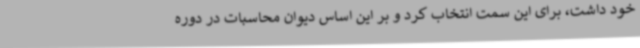
خود داشت، برای این سمت انتخاب کرد و بر این اساس دیوان محاسبات در دوره